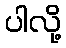
ပါလို့